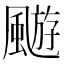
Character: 𩘓